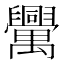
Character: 𦦻